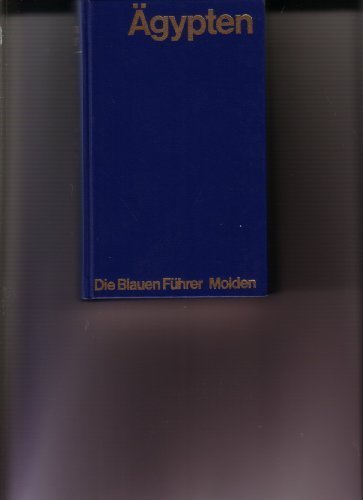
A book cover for Agypten und der Sudan (Die Blauen Fuhrer) (German Edition); Travel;